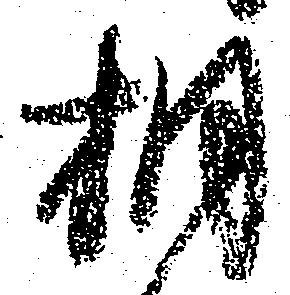
相